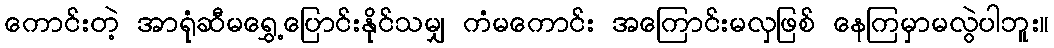
ကောင်းတဲ့ အာရုံဆီမရွှေ့ပြောင်းနိုင်သမျှ ကံမကောင်း အကြောင်းမလှဖြစ် နေကြမှာမလွဲပါဘူး။